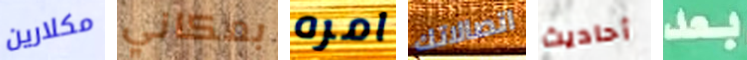
مكلارين بمكاني امره اتصالاتك أحاديث بعد